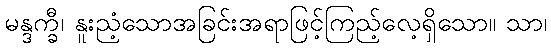
မန္ဒက္ခီ၊ နူးညံ့သောအခြင်းအရာဖြင့်ကြည့်လေ့ရှိသော။ သာ၊